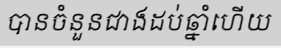
បានចំនួនជាងដប់ឆ្នាំហើយ